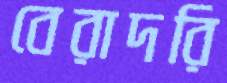
বেরাদরি